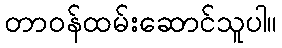
တာဝန်ထမ်းဆောင်သူပါ။